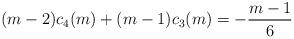
LaTeX: \begin{align*}(m-2)c_4(m)+(m-1)c_3(m)=- {\frac{m-1}{6}}\end{align*}